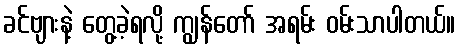
ခင်ဗျားနဲ့ တွေ့ခဲ့ရလို့ ကျွန်တော် အရမ်း ဝမ်းသာပါတယ်။